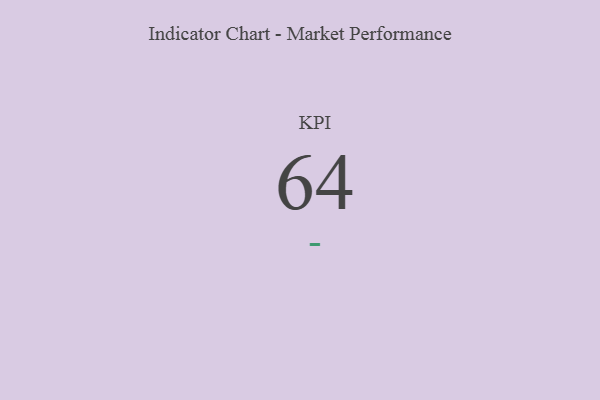
{"axis": {"x": "KPI", "y": "Value"}, "legend": [""], "data": [{"x": "KPI", "y": 64, "type": ""}]}